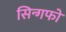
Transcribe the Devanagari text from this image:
सिन्गफो